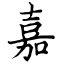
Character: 嘉